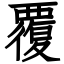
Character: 覆